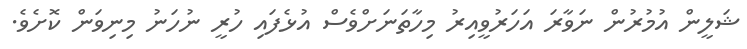
ޝަލީން އުމުރުން ނަވާރަ އަހަރުވީއިރު މިހާތަނަށްވެސް އުޅެފައި ހުރީ ނުހަނު މިނިވަން ކޮށެވެ.